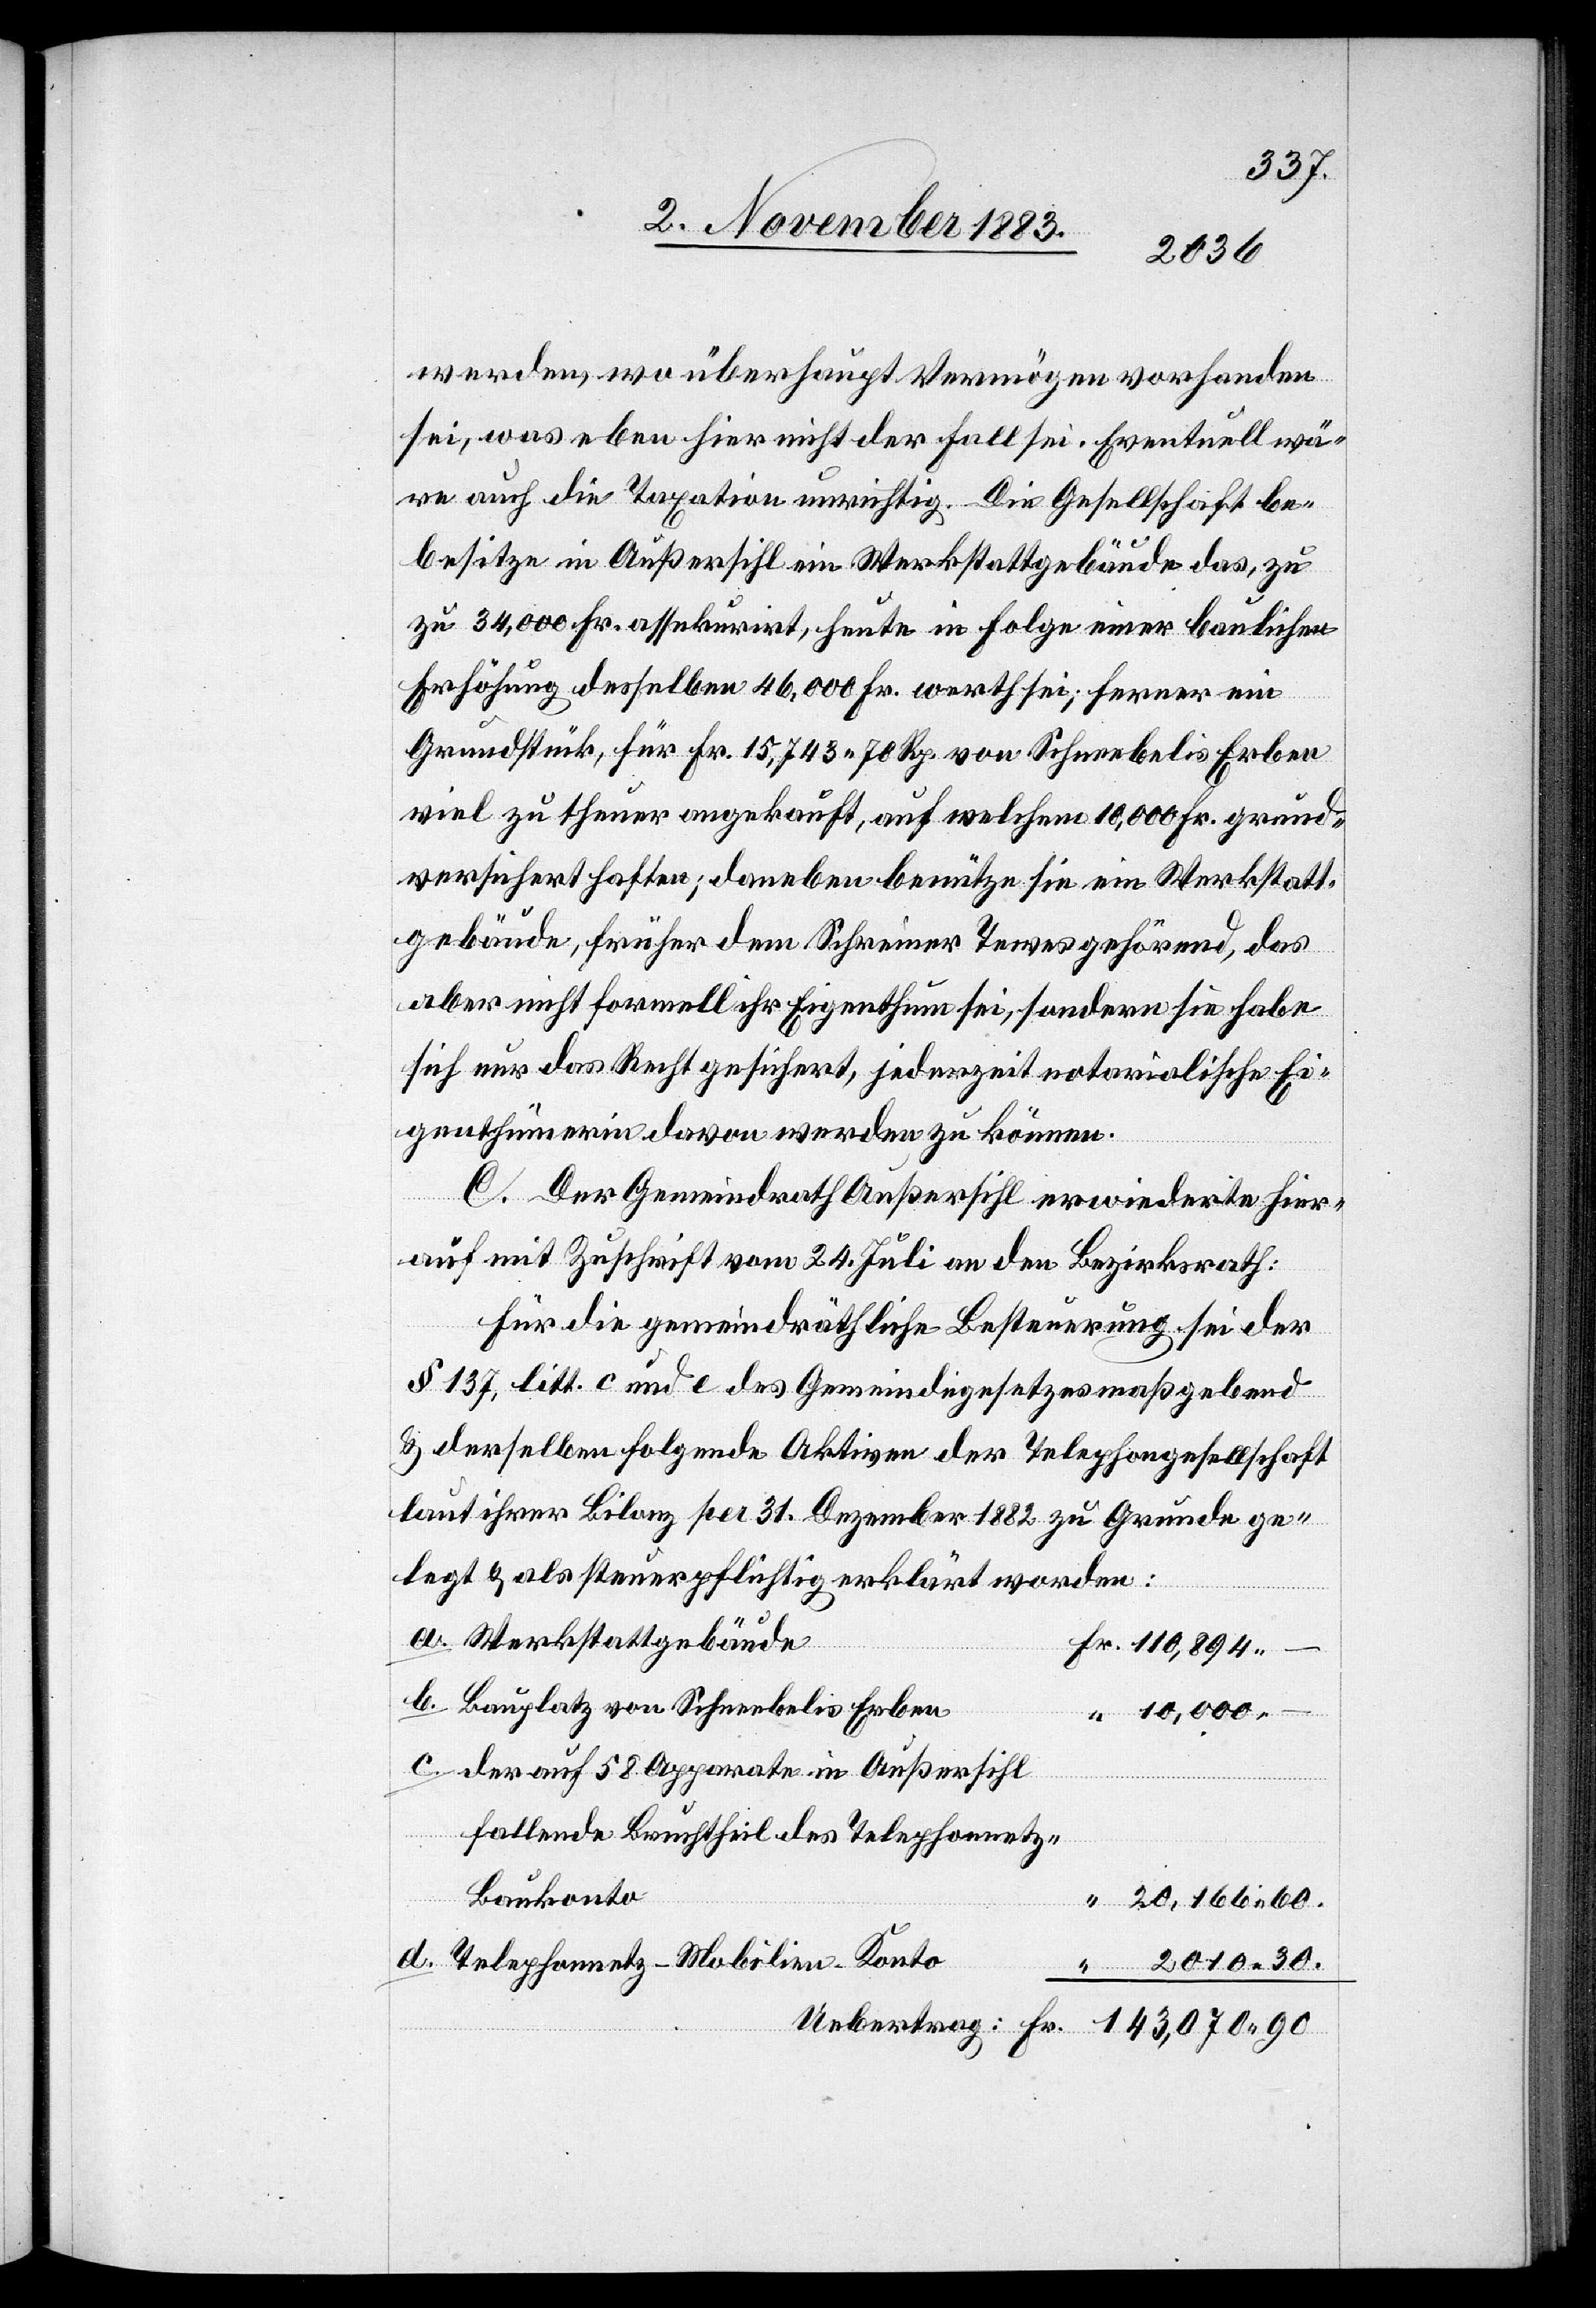
2010 30.
werden, wo überhaupt Vermögen vorhanden
sei, was eben hier nicht der Fall sei. Eventuell wä¬
re auch die Taxation unrichtig. Die Gesellschaft b¬
esitze in Außersihl ein Werkstattgebäude das, zu
34,000 Fr. assekurirt, heute in Folge einer baulichen
Erhöhung desselben 46,000 Fr. werth sei; ferner ein
Grundstück, für Fr. 15,743 70 Rp. von Schneebelis Erben
viel zu theuer angekauft, auf welchem 10,000 Fr. grund¬
versichert haften; daneben benütze sie ein Werkstatt¬
gebäude, früher dem Schreiner Tewes gehörend, das
aber nicht formell ihr Eigenthum sei, sondern sie habe
sich nur das Recht gesichert, jederzeit notarialische Ei¬
genthümerin davon werden zu können.
C. Der Gemeindrath Außersihl erwiederte hier¬
auf mit Zuschrift vom 24. Juli an den Bezirksrath:
Für die gemeindräthliche Besteuerung sei der
§ 137, litt. c und e des Gemeindegesetzes maßgebend
& derselben folgende Aktiven der Telephongesellschaft
laut ihrer Bilanz per 31. Dezember 1882 zu Grunde ge¬
legt & als steuerpflichtig erklärt worden:
Werkstattgebäude
Bauplatz von Schneebelis Erben
10,000 –
der auf 58 Apparate in Außersihl
fallende Bruchtheil des Telephongesetz-B¬
aukonto
Telephongesetz-Mobilien-Konto